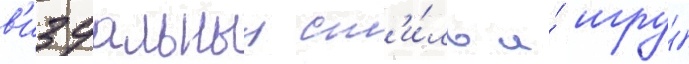
в'изуальныи ст'и́ль и́ игру́